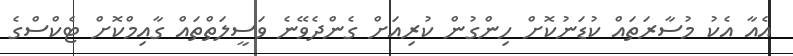
އެއާ އެކު މުސާރަތައް ކުޑަނުކޮށް ހިންގުން ކުރިއަށް ގެންދެވޭނެ ވަސީލަތްތައް ގާއިމްކޮށް ޓެކްސްގެ